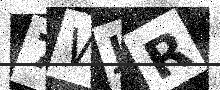
Text: 7WJR